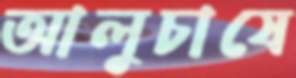
আলুচাষে